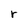
Character: r